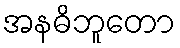
အနဓိဘူတော